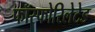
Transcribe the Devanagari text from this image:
फॉस्फोरिलेटेड